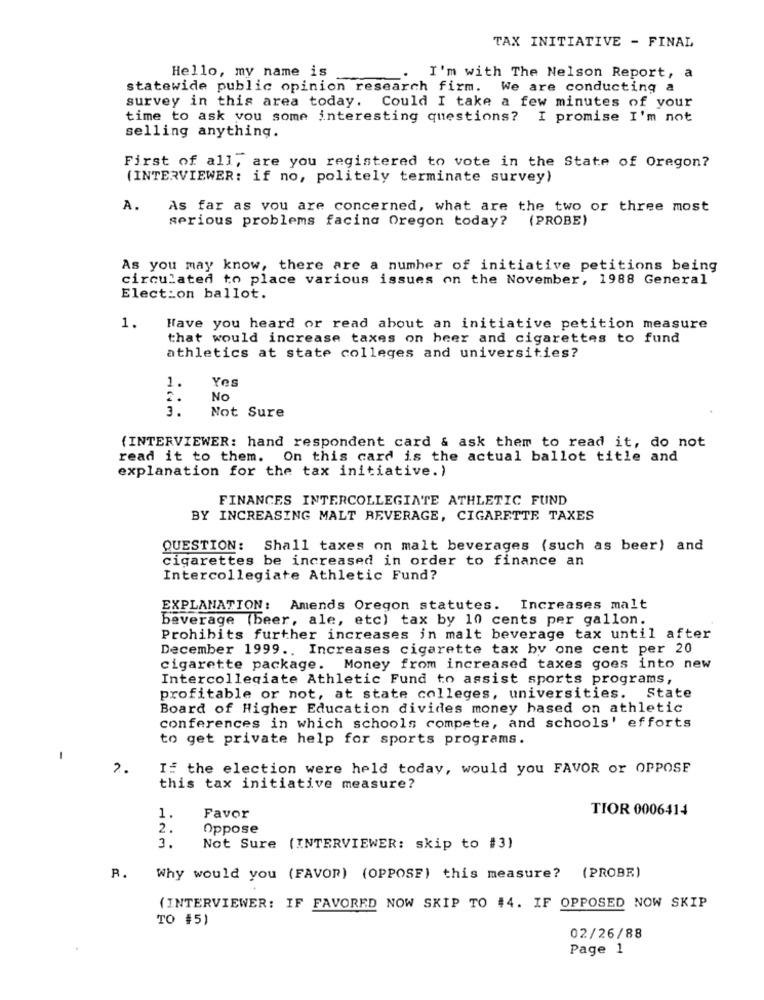
TAX INITIATIVE - FINAL
Hello, my name is
I'm with The Nelson Report, a
statewide public opinion research firm. We are conducting a
survey in this area today. Could I take a few minutes of your
time to ask you some interesting questions? I promise I'm not
selling anything.
First of all, are you registered to vote in the State of Oregon?
(INTERVIEWER: if no, politely terminate survey)
A.
As far as vou are concerned, what are the two or three most
serious problems facing Oregon today? (PROBE)
As you may know, there are a number of initiative petitions being
circulated to place various issues on the November, 1988 General
Election ballot.
1.
Have you heard or read about an initiative petition measure
that would increase taxes on heer and cigarettes to fund
athletics at state colleges and universities?
1
Yes
2.
No
3.
Not Sure
(INTERVIEWER: hand respondent card & ask them to read it, do not
read it to them. On this card is the actual ballot title and
explanation for the tax initiative.)
FINANCES INTERCOLLEGIATE ATHLETIC FUND
BY INCREASING MALT BEVERAGE, CIGARETTE TAXES
QUESTION: Shall taxes on malt beverages (such as beer) and
cigarettes be increased in order to finance an
Intercollegiate Athletic Fund?
EXPLANATION: Amends Oregon statutes. Increases malt
beverage (beer, ale, etc) tax by 10 cents per gallon.
Prohibits further increases in malt beverage tax until after
December 1999 .. Increases cigarette tax by one cent per 20
cigarette package. Money from increased taxes goes into new
Intercollegiate Athletic Fund to assist sports programs,
profitable or not, at state colleges, universities. State
Board of Higher Education divides money based on athletic
conferences in which schools compete, and schools' efforts
to get private help for sports programs.
1
2.
I: the election were held today, would you FAVOR or OPPOSE
this tax initiative measure?
Favor
TIOR 0006414
1.
2.
Oppose
3.
Not Sure (INTERVIEWER: skip to #3)
R.
Why would you (FAVOR) (OPPOSE) this measure? (PROBE)
(INTERVIEWER: IF FAVORED NOW SKIP TO #4. IF OPPOSED NOW SKIP
TO #5)
02/26/88
Page 1